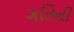
ગતિની